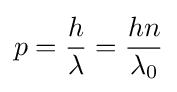
p={\frac {h}{\lambda }}={\frac {hn}{\lambda _{0}}}